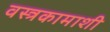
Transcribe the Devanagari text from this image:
वस्त्रकामाशी